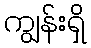
ကျွန်းရှိ